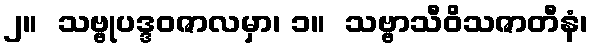
၂။  သဗ္ဗုပဒ္ဒဝဇာလမှာ၊ ၁။  သဗ္ဗာသီဝိသဇာတီနံ၊